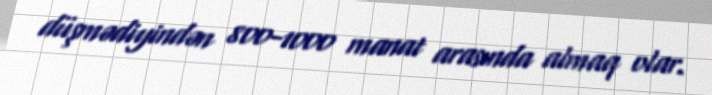
düşmədiyindən 800-1000 manat arasında almaq olar.